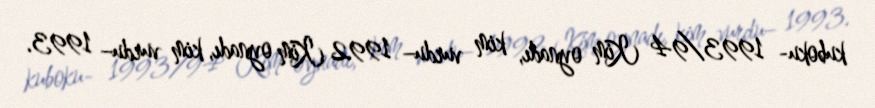
kuboku- 1993/94 Kim oynadı, kim vurdu– 1992 Kim oynadı, kim vurdu– 1993.